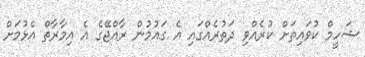
ޝަހީމް ކުވައިތަށް ކުރެއްވި ދަތުރެއްގައި އެ ގައުމުން ރާއްޖޭގެ އެ އިމާރާތް އެޅުމަށް